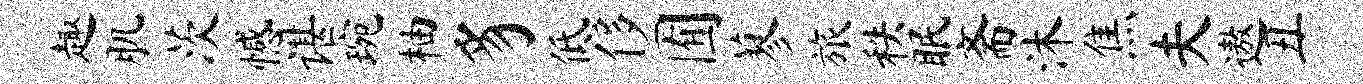
趣肌茨憾谌琬柚豸低侈囿蓼旅秩眠斋沐焦夫遨丑